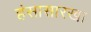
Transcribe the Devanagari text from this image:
हंसासारखा